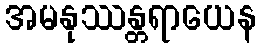
အမနုဿန္တရာယေန